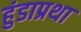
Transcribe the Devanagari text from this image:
हुंडाप्रथा